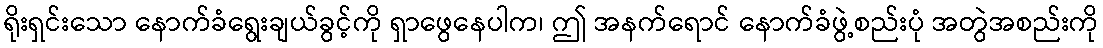
ရိုးရှင်းသော နောက်ခံရွေးချယ်ခွင့်ကို ရှာဖွေနေပါက၊ ဤ အနက်ရောင် နောက်ခံဖွဲ့စည်းပုံ အတွဲအစည်းကို